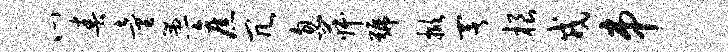
心春童愚旧冗忽菽号掀署根戎串